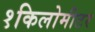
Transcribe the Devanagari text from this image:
१किलोमीटर